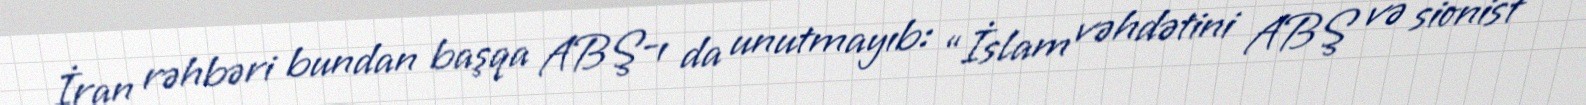
İran rəhbəri bundan başqa ABŞ-ı da unutmayıb: “İslam vəhdətini ABŞ və sionist